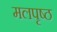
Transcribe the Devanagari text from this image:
मलपृष्ठ